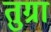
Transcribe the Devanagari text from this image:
तुग्रा